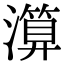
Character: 𤀤